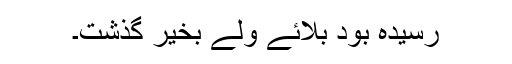
رسیدہ بود بلائے ولے بخیر گذشت۔